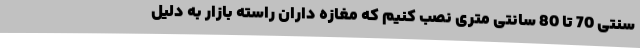
سنتی 70 تا 80 سانتی متری نصب کنیم که مغازه داران راسته بازار به دلیل